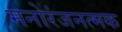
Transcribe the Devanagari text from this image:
मनोरंजनत्मक